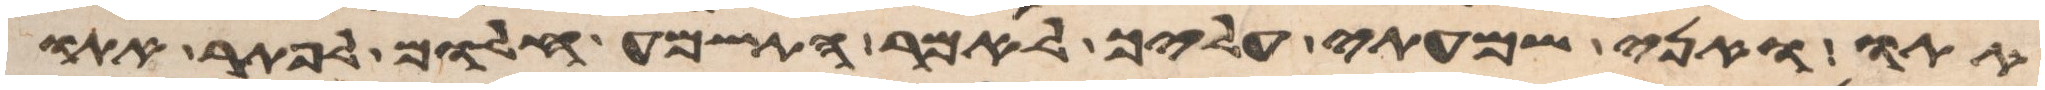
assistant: אתו ואני שמעתי עליך לאמר התשמע חלום לפתר אתו